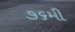
૭૬મી